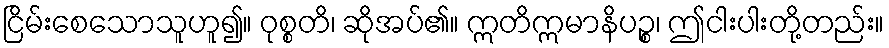
ငြိမ်းစေသောသူဟူ၍။ ဝုစ္စတိ၊ ဆိုအပ်၏။ ဣတိဣမာနိပဉ္စ၊ ဤငါးပါးတို့တည်း။